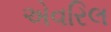
એવરિલ